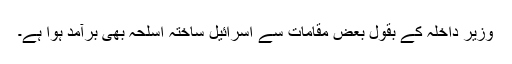
وزیر داخلہ کے بقول بعض مقامات سے اسرائیل ساختہ اسلحہ بھی برآمد ہوا ہے۔